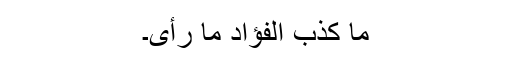
مَا کَذَبَ الْفُؤَادُ مَا رَأَی۔